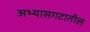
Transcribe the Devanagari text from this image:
अभ्यासगटातील